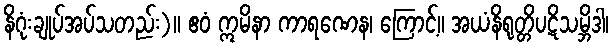
နိဂုံးချုပ်အပ်သတည်း)။ ဧဝံ ဣမိနာ ကာရဏေန၊ ကြောင့်။ အယံနိရုတ္တိပဋိသမ္ဘိဒါ၊